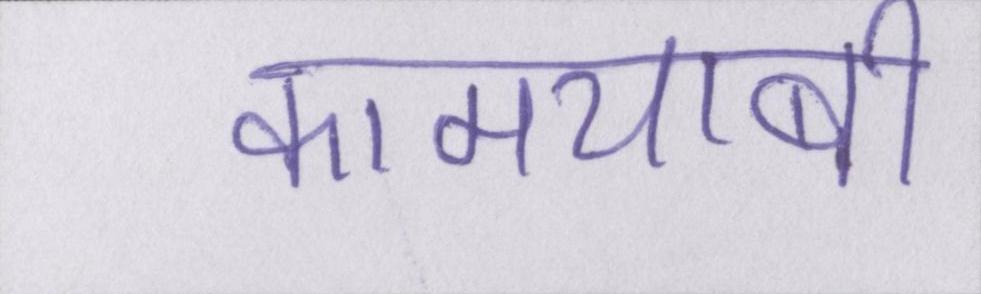
कामयाबी